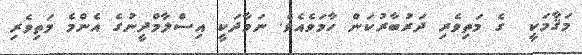
މަޤާމަކީ  ގެ މަތިވެރި ދަރުބާރުކަން ހާމަވެއެވެ. ނަމާދަކީ އިސްލާމްދީނުގެ އެންމެ މަތިވެރި